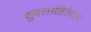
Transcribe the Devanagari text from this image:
शुक्लसंहितेसाठी